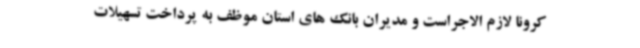
کرونا لازم الاجراست و مدیران بانک های استان موظف به پرداخت تسهیلات